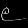
Digit: ၉